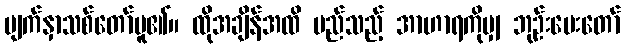
မျက်နှာသစ်တော်မူ၏။ ထိုအချိန်အထိ မည်သည့် အာဟာရကိုမျှ ဘုဉ်းပေးတော်